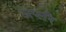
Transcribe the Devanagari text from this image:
अप्लरै